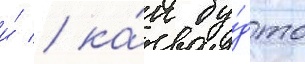
и́ / ка́к бу́дто